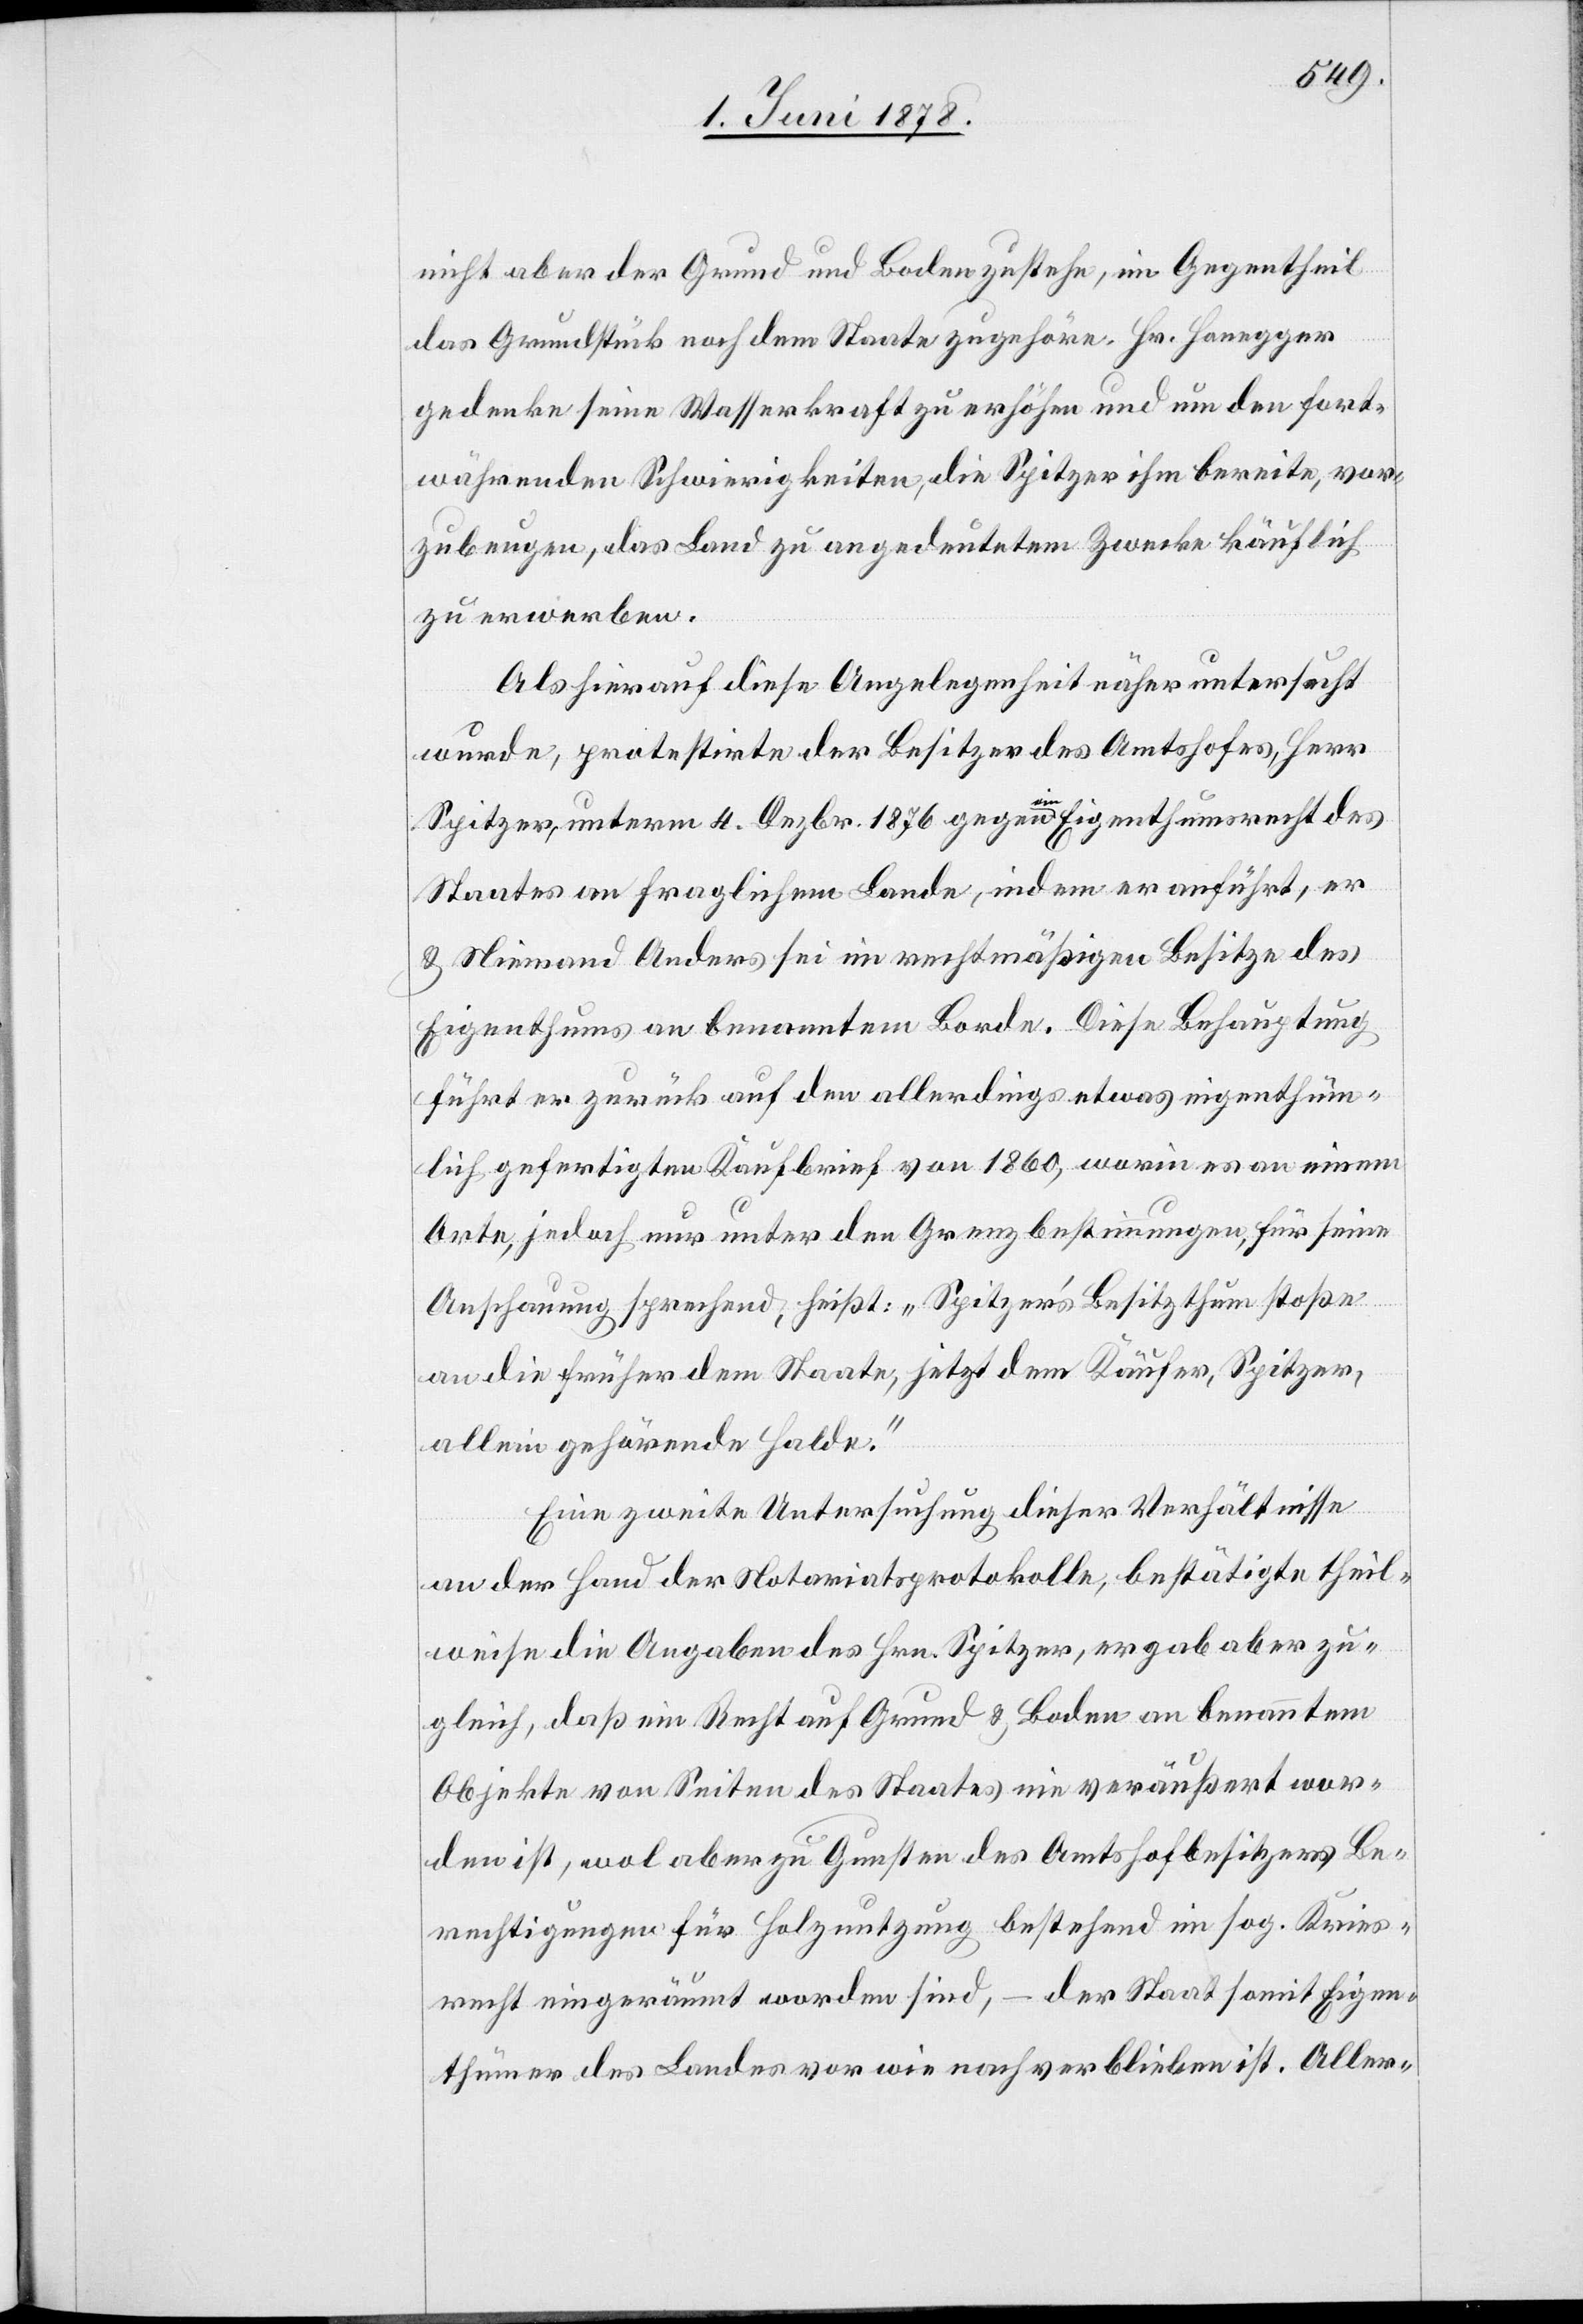
nicht aber der Grund und Boden zustehe, im Gegentheil
das Grundstück noch dem Staate zugehöre. Hr. Honegger
gedenke seine Wasserkraft zu erhöhen und um den fort¬
währenden Schwierigkeiten, die Spitzer ihm bereite, vor¬
zubeugen, das Land zu angedeutetem Zwecke käuflich
zu erwerben.
Als hierauf diese Angelegenheit näher untersucht
wurde, protestirte der Besitzer des Amtshofes, Herr
Spitzer, unterm 4. Dezbr. 1876 gegen ein Eigenthumsrecht des
Staates an fraglichem Land, indem er anführt, er
& Niemand Anders sei im rechtmäßigen Besitze des
Eigenthums an benanntem Borde. Diese Behauptung
führt er zurück auf den allerdings etwas eigenthüm¬
lich genehmigten Kaufbericht von 1860, worin es an einem
Orte, jedoch nur unter den Grenzbestimmungen, für seine
Anschauung sprechend, heißt: „Spitzer’s Besitzthum stoße
an die früher dem Staate, jetzt dem Käufer, Spitzer,
allein gehörende Halde.“
Eine zweite Untersuchung dieser Verhältnisse
an der Hand der Notariatsprotokolle, bestätigte theil¬
weise die Angaben des Hrn. Spitzer, ergab aber zu¬
gleich, daß ein Recht auf Grund & Boden an benanntem
Objekte von Seiten des Staates nie veräußert wor¬
den ist, wol aber zu Gunsten des Amtshofbesitzers Be¬
rechtigungen für Holznutzung bestehend im sog. Kreis¬
recht eingeräumt worden sind, – der Staat somit Eigen¬
thümer des Landes vor wie nach verblieben ist. Aller-